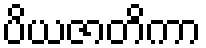
ပိယဇာတိကာ